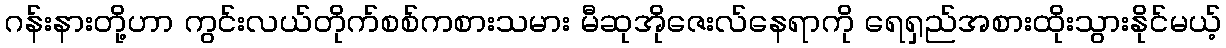
ဂန်းနားတို့ဟာ ကွင်းလယ်တိုက်စစ်ကစားသမား မီဆုအိုဇေးလ်နေရာကို ရေရှည်အစားထိုးသွားနိုင်မယ့်